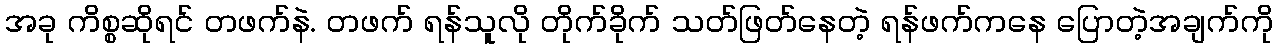
အခု ကိစ္စဆိုရင် တဖက်နဲ. တဖက် ရန်သူလို တိုက်ခိုက် သတ်ဖြတ်နေတဲ့ ရန်ဖက်ကနေ ပြောတဲ့အချက်ကို